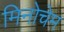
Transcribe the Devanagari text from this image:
मिनोचेम